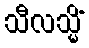
သီလသ္မိံ